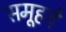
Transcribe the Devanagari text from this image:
समूहचे